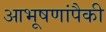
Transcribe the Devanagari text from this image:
आभूषणांपैकी